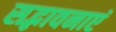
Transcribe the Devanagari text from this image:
सद्भावनाएं